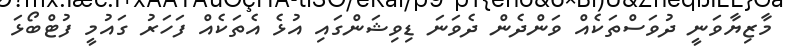
މާޒިޔާވަނީ ދުވަސްތަކެއް ވަންދެން ދެވަނަ ޑިވިޝަންގައި އުޅެ އެތަކެއް ފަހަރު ގައުމީ ފުޓްބޯޅަ